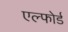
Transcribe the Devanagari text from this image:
एल्फोर्ड